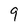
Character: 9